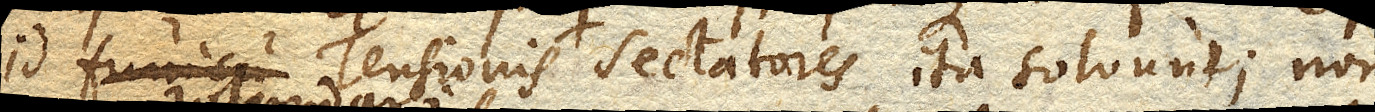
id Tensionis seu Attractionis Sectatores ita solvunt; non